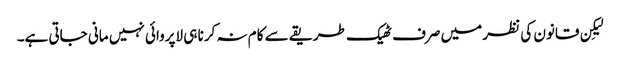
لیکِن قانون کی نظر میں صرف ٹھیک طریقے سے کام نہ کرنا ہی لاپروائی نہیں مانی جاتی ہے۔